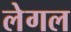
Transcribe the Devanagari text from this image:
लेगल